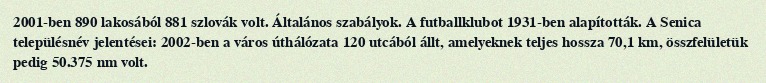
2001-ben 890 lakosából 881 szlovák volt. Általános szabályok. A futballklubot 1931-ben alapították. A Senica településnév jelentései: 2002-ben a város úthálózata 120 utcából állt, amelyeknek teljes hossza 70,1 km, összfelületük pedig 50.375 nm volt.